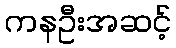
ကနဦးအဆင့်